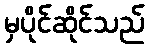
မှပိုင်ဆိုင်သည်